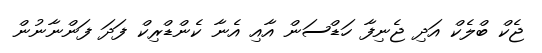
ޖެކް ބްލެކް އަދި ޖެނިފާ ހަޑްސަން އާއި އެނާ ކެންޑްރިކް ފަދަ ފަންނާނުން